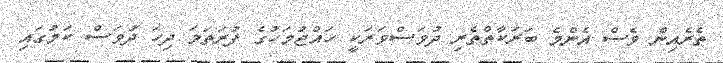
ތެރެއިން ވެސް އެންމެ ބަރަކާތްތެރި ދުވަސްވަރަކީ ހައްޖުމަހުގެ ފުރަތަމަ ދިހަ ދުވަސް ކަމުގައި